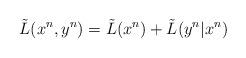
LaTeX: \begin{align*} \tilde{L}(x^n,y^n)=\tilde{L}(x^n)+\tilde{L}(y^n|x^n)\end{align*}